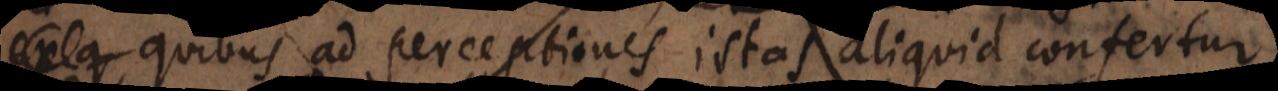
quibus ad perceptiones istas aliquid confertur.